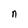
Character: n